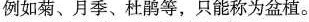
例如菊、月季、杜鹃等，只能称为盆植。